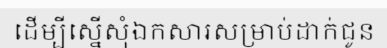
ដើម្បីស្នើសុំឯកសារសម្រាប់ដាក់ជូន